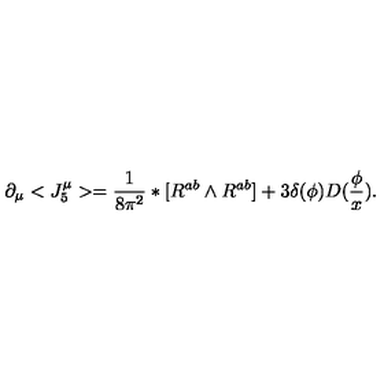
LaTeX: \partial _ { \mu } < J _ { 5 } ^ { \mu } > = \frac 1 { 8 \pi ^ { 2 } } * [ R ^ { a b } \wedge R ^ { a b } ] + 3 \delta ( \phi ) D ( \frac \phi x ) .